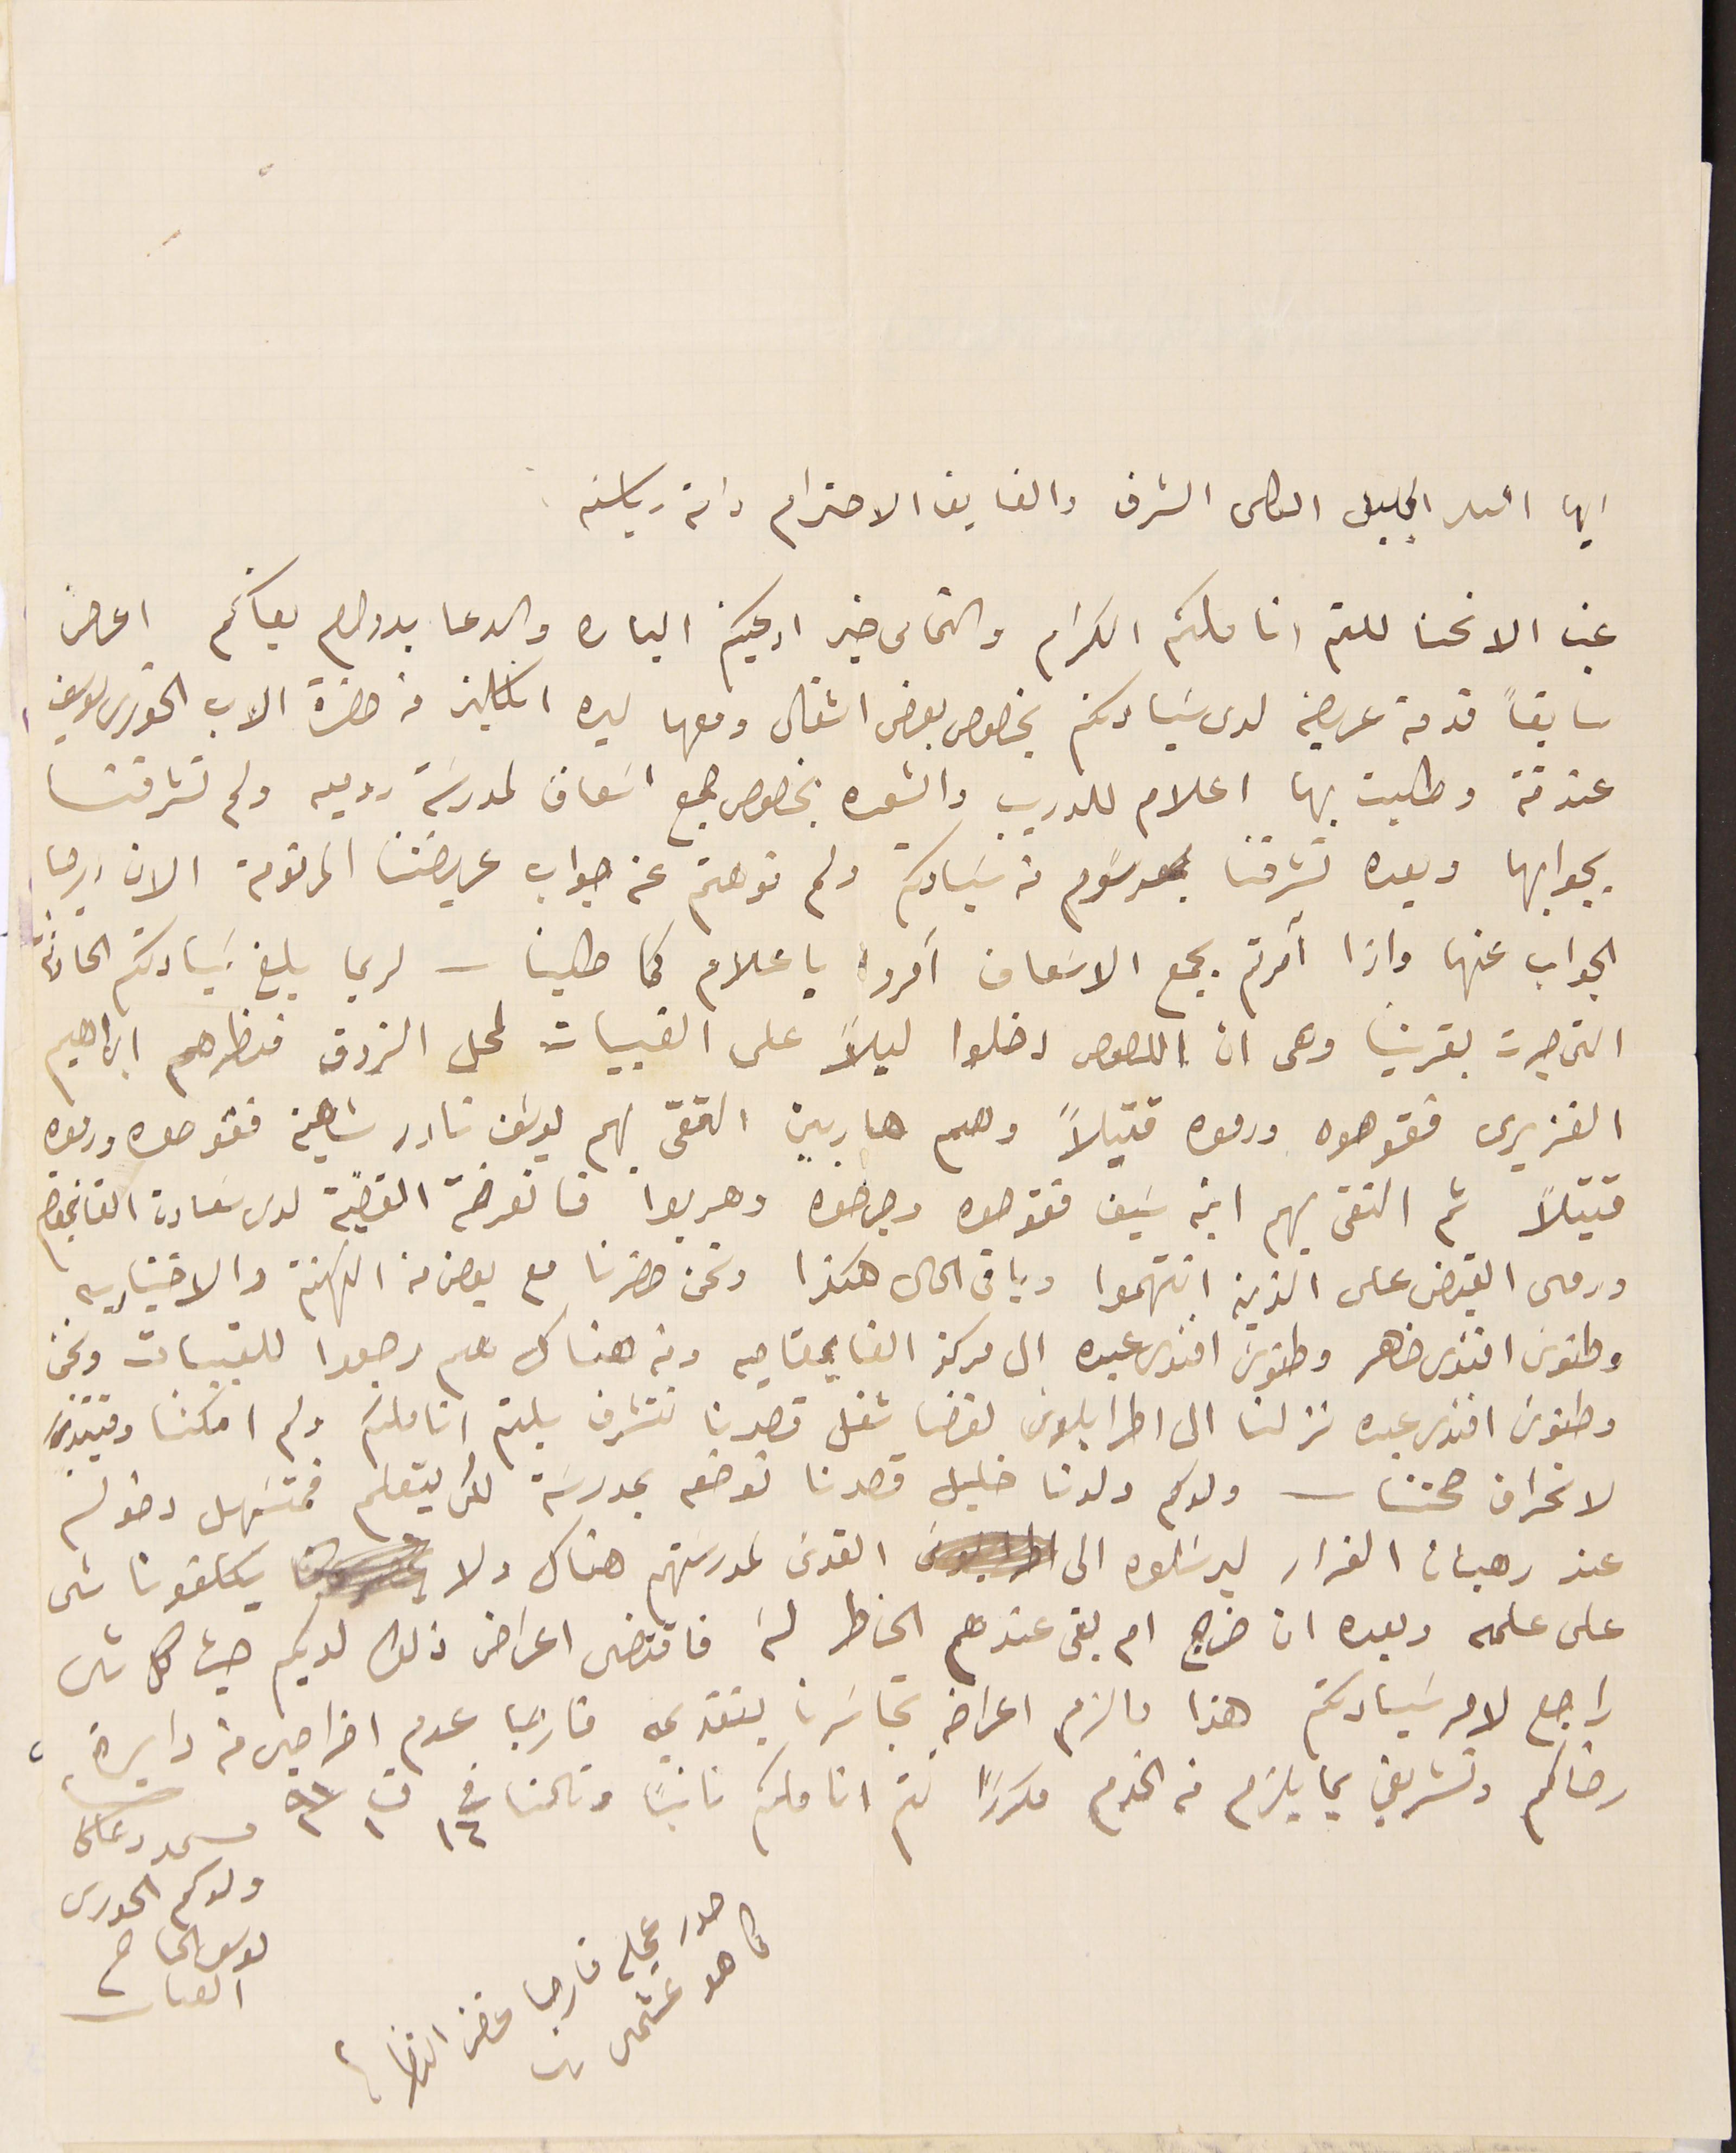
ايها السىد الجليل الكلى الشرف والفايق الاحترام دامة رياسته.
غب الانحنا للثم اناملكم الكرام والتماس خير ادعيتكم الباره والدعا بدوام بقاكم اعرض
سابقاً قدمة عريضه لدى سَيادتكم بخصوص بعض اشغال ومعها ليره انكليز من حضرة الاب الخوري يوسف
عندقة وطلبت بها اعلام للدريب والشعره بخصوص جمع اسَعاف لمدرسَة روميه ولم تشرفنا
 بجوابها وبعده تشرفنا بمرسَوم من سَيادتكم ولم نوهتم عن جواب عريضتنا المرقومة الان يرجا
الجواب عنها واذا آمرتم بجمع الاسَعاف آمرو باعلام كما طلبنا – لربما بلغ سَيادتكم الحادثة
التي جرت بقريتنا وهى ان اللصوص دخلوا ليلاً على القبيات لمحل الزوق فنظرهم ابراهيم
الغزيرى فقوصوه ورموه قتيلاً وهم هاربين التقى بهم يوسَف نادر شاهين فقوصوه ورموه
قتيلاً ثم التقى بهم ابنه سَيف فقوصوه وجرحوه وهربوا فانعرضت القضية لدى سَعادة القايمقام
ورمى القبض على الذين انتهموا وباقى الحال هكذا ونحن حضرنا مع بعض من الكهنة والاختياريه
وطنوسَ افندى ضاهر وطنوسَ افندى عبده الى مركز القايمقاميه ومن هناك هم رجعوا للقبيات ونحن
وطنوسَ افندى عبده نزلنا الى اطرابلوس لقضا شغل قصدنا نتشرف بلثم اناملكم ولم امكننا وقتيذٍ
لانحراف صحتنا - ولدكم ولدنا خليل قصدنا نوضعه بمدرسَة لكى يتعلم فمتسَهل دخوله
عند رهبان الفرار ليرسَلوه الى القدسَ لمدرستهم هناك ولا يكلفونا شى
على علمه وبعده ان خراج ام بقى عندهم الخاطر لَه فاقتضى اعراض ذلك لديكم حيث كل شى
راجع لامر سَيادتكم هذا مالزم اعراضهِ تجاسَرنا بتقديمه فارجيا عدم اخراجي من دايرة
رضاكم وتشريفي بما يلزم في الخدم مكررًا لثم اناملكم ثانيًا وثالثا فى ١٦ ت١ ٩١                                            مسىمد دعاكم
ولدكم الحورى ىوسف الحاح القىىات
صدر عجلة فارجا غض النظر
كما هو عشمى